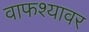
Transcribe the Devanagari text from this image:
वाफश्यावर